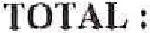
TOTAL :